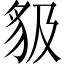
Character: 𧲫